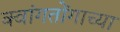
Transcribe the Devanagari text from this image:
क्वांगतोंगाच्या